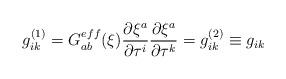
LaTeX: \begin{align*} g_{ik}^{(1)}=G_{ab}^{eff}(\xi)\frac{\partial\xi^{a}}{\partial\tau^{i}} \frac{\partial\xi^{a}}{\partial\tau^{k}} =g_{ik}^{(2)} \equiv g_{ik}\end{align*}